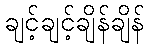
ချင့်ချင့်ချိန်ချိန်